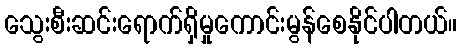
သွေးစီးဆင်းရောက်ရှိမှုကောင်းမွန်စေနိုင်ပါတယ်။